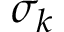
\sigma _ { k }